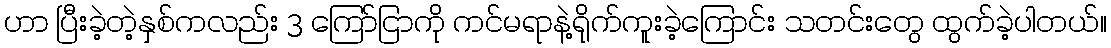
ဟာ ပြီးခဲ့တဲ့နှစ်ကလည်း 3 ကြော်ငြာကို ကင်မရာနဲ့ရိုက်ကူးခဲ့ကြောင်း သတင်းတွေ ထွက်ခဲ့ပါတယ်။